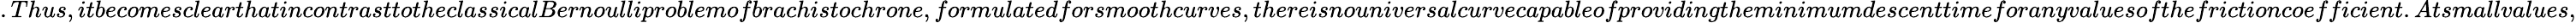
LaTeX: .Thus,itbecomesclearthatincontrasttotheclassicalBernoulliproblemofbrachistochrone,formulatedforsmoothcurves,thereisnouniversalcurvecapableofprovidingtheminimumdescenttimeforanyvaluesofthefrictioncoefficient.Atsmallvalues,